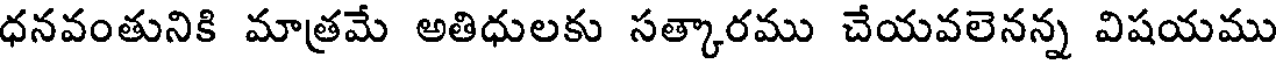
ధనవంతునికి మాత్రమే అతిధులకు సత్కారము చేయవలెనన్న విషయము